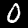
Label: 0